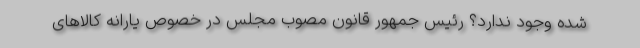
شده وجود ندارد؟ رئیس جمهور قانون مصوب مجلس در خصوص یارانه کالاهای